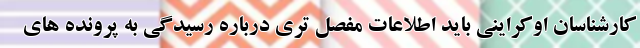
کارشناسان اوکراینی باید اطلاعات مفصل تری درباره رسیدگی به پرونده های